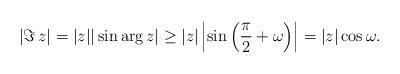
LaTeX: \begin{align*}|\Im\,z|=|z| |\sin \arg z|\geq|z|\left|\sin\left(\frac{\pi}{2}+\omega\right)\right|=|z|\cos\omega.\end{align*}